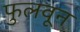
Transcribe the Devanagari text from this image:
फुलवून